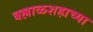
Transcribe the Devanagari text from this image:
बल्लाळशहाच्या